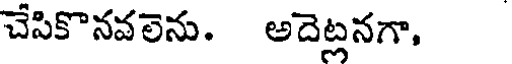
చేసికొనవలెను. అదెట్లనగా,